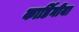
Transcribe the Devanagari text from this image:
कार्डिनीया